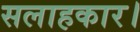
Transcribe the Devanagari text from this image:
सलाहकार।